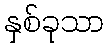
နှစ်ခုသာ